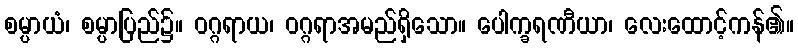
စမ္ပာယံ၊ စမ္ပာပြည်၌။ ဝဂ္ဂရာယ၊ ဝဂ္ဂရာအမည်ရှိသော။ ပေါက္ခရဏီယာ၊ လေးထောင့်ကန်၏။